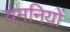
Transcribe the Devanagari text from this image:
यमनियों